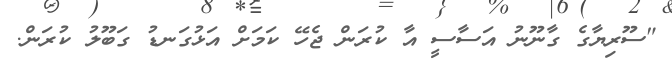
"ސޫރިޔާގެ ގާނޫނު އަސާސީ އާ ކުރަން ޖެހޭ ކަމަށް އަޅުގަނޑު ގަބޫލު ކުރަން.